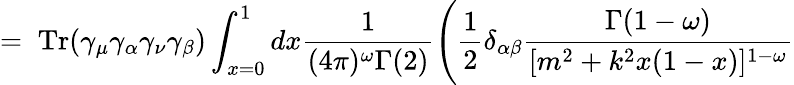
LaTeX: =\; \mathrm{Tr}(\gamma_{\mu}\gamma_{\alpha}\gamma_{\nu}\gamma_{\beta})\int_{x=0}^{1}dx\frac{1}{(4\pi)^{\omega}\Gamma(2)}\Bigg(\frac{1}{2}\delta_{\alpha\beta}\frac{\Gamma(1-\omega)}{[m^{2}+k^{2}x(1-x)]^{1-\omega}}